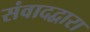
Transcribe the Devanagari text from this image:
संवादद्वारा